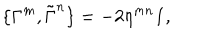
\{ \Gamma ^ { m } , \tilde { \Gamma } ^ { n } \} = - 2 \eta ^ { m n } { \bf 1 } ,